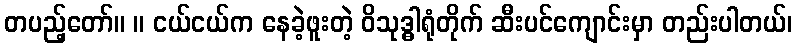
တပည့်တော်။ ။ ငယ်ငယ်က နေခဲ့ဖူးတဲ့ ဝိသုဒ္ဓါရုံတိုက် ဆီးပင်ကျောင်းမှာ တည်းပါတယ်၊